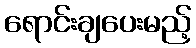
ရောင်းချပေးမည့်